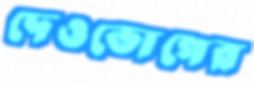
দেওভোগের